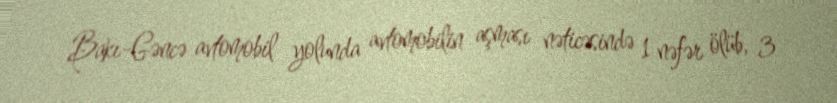
Bakı-Gəncə avtomobil yolunda avtomobilin aşması nəticəsində 1 nəfər ölüb, 3